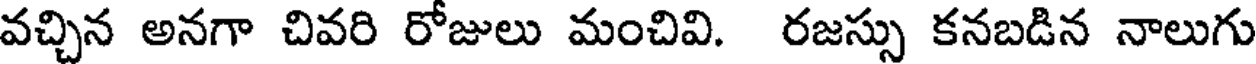
వచ్చిన అనగా చివరి రోజులు మంచివి. రజస్సు కనబడిన నాలుగు